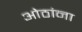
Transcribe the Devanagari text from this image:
ओठांना